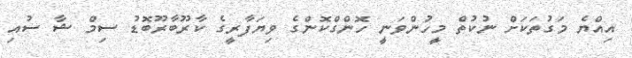
އިއްޔެ މަގުތަކަށް ނުކުތް މީހުންވަނީ ހޮންގްކޮންގެ ވިޔަފާރީގެ ކާރޫބާރޫބޮޑު ސިމް ޝާ ސުއި